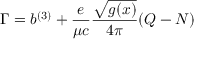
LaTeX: \Gamma = b ^ { ( 3 ) } + { \frac { e } { \mu c } } { \frac { \sqrt { g ( x ) } } { 4 \pi } } ( Q - N ) \nonumber